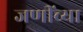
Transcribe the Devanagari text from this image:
जणींच्या